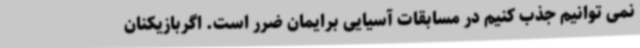
نمی توانیم جذب کنیم در مسابقات آسیایی برایمان ضرر است. اگربازیکنان